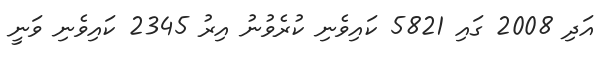
އަދި 2008 ގައި 5821 ކައިވެނި ކުރެވުނު އިރު 2345 ކައިވެނި ވަނީ